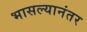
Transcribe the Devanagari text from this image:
भासल्यानंतर